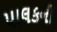
પાલકની